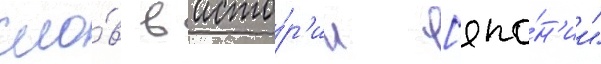
сло́в в исто́р'ии [япо́н'ии"